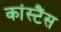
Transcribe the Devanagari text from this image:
कांस्टैंस